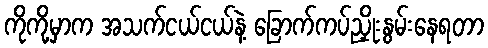
ကိုကို့မှာက အသက်ငယ်ငယ်နဲ့ ခြောက်ကပ်ညှိုးနွမ်းနေရတာ